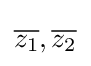
{\overline {z_{1}}},{\overline {z_{2}}}